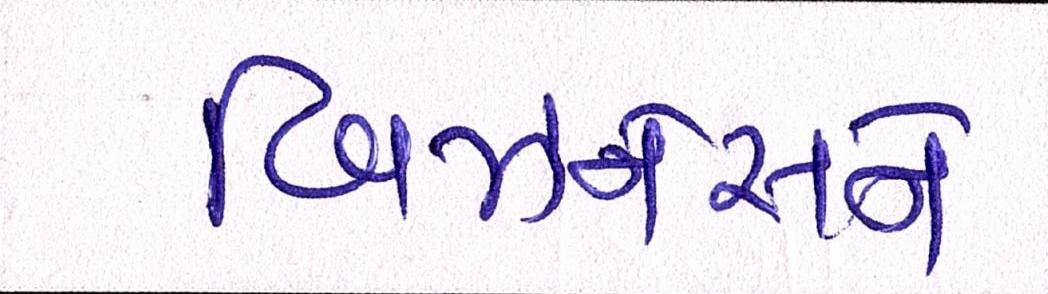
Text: બિઝનેસને